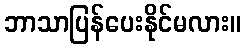
ဘာသာပြန်ပေးနိုင်မလား။